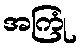
အကြုံ